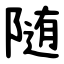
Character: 随